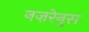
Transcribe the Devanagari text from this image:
नज़रेनुस